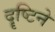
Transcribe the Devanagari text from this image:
दॄष्टिने